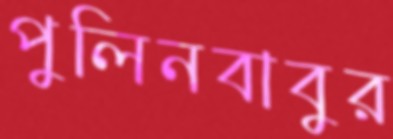
পুলিনবাবুর